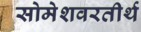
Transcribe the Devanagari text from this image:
सोमेशवरतीर्थ